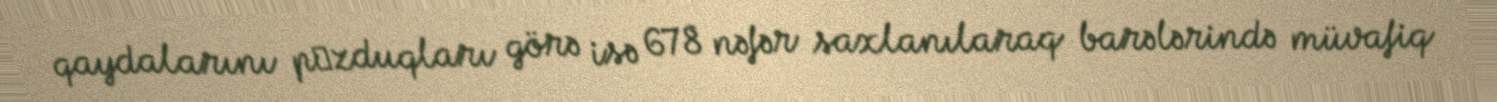
qaydalarını pоzduqları görə isə 678 nəfər saxlanılaraq barələrində müvafiq